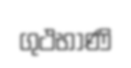
ගුථභාණි